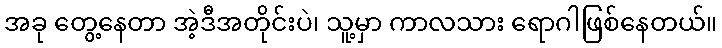
အခု တွေ့နေတာ အဲ့ဒီအတိုင်းပဲ၊ သူ့မှာ ကာလသား ရောဂါဖြစ်နေတယ်။